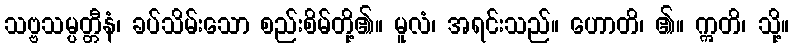
သဗ္ဗသမ္ပတ္တီနံ၊ ခပ်သိမ်းသော စည်းစိမ်တို့၏။ မူလံ၊ အရင်းသည်။ ဟောတိ၊ ၏။ ဣတိ၊ သို့။